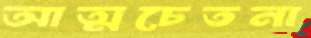
আত্মচেতনা